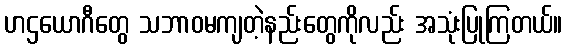
ဟဌယောဂီတွေ သဘာဝမကျတဲ့နည်းတွေကိုလည်း အသုံးပြုကြတယ်။